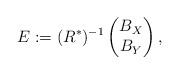
LaTeX: \begin{align*}E:= (R^{\ast})^{-1}\begin{pmatrix} B_{X} \\ B_{Y}\end{pmatrix},\end{align*}